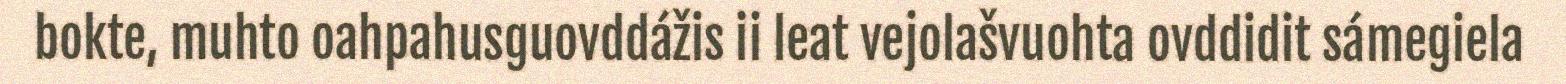
bokte, muhto oahpahusguovddážis ii leat vejolašvuohta ovddidit sámegiela